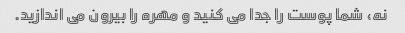
نه، شما پوست را جدا می کنید و مهره را بیرون می اندازید.